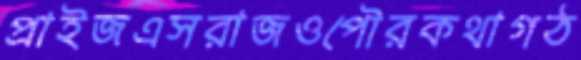
প্রাইজএসরাজওপৌরকথাগঠ